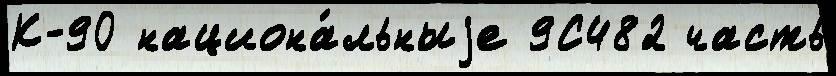
К-90 национа́льныjе 9С482 часть